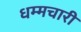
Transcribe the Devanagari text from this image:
धम्मचारी